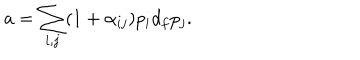
a = \sum _ { i , j } ( 1 + \alpha _ { i j } ) p _ { i } d _ { f } p _ { j } .